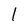
Character: l